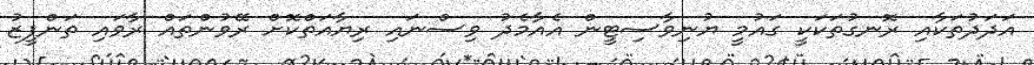
އަދަދުތަކާއި ރޮނގުތަކަކީ ގައުމީ ޔުނިވާސިޓީން އެއާމެދު ވިސްނައި ރިޔާއަތްކޮށް ރޭވުންތައް ރާވައި ތަންފީޒު